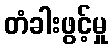
တံခါးဖွင့်မှု